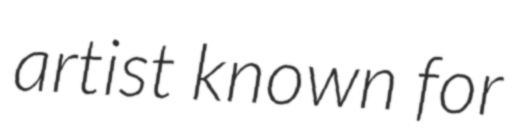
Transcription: artist known for